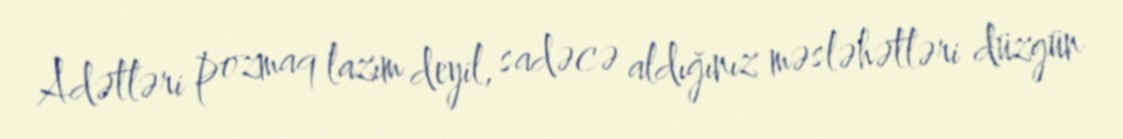
Adətləri pozmaq lazım deyil, sadəcə aldığınız məsləhətləri düzgün